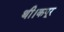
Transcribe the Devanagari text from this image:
थी।कपूर